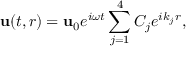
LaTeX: { \bf u } ( t , r ) = { \bf u } _ { 0 } e ^ { i \omega t } \sum _ { j = 1 } ^ { 4 } C _ { j } e ^ { i k _ { j } r } ,